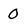
Character: 0